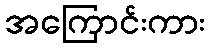
အကြောင်းကား